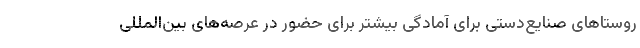
روستاهای صنایع‌دستی برای آمادگی بیشتر برای حضور در عرصه‌های بین‌المللی